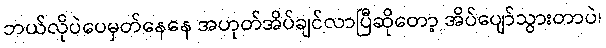
ဘယ်လိုပဲပေမှတ်နေနေ အဟုတ်အိပ်ချင်လာပြီဆိုတော့ အိပ်ပျော်သွားတာပဲ၊